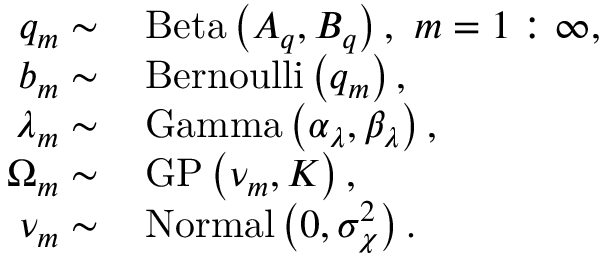
\begin{array} { r l } { q _ { m } \sim } & { \, \mathrm { B e t a } \left( A _ { q } , B _ { q } \right) , \, \, m = 1 : \infty , } \\ { b _ { m } \sim } & { \, \mathrm { B e r n o u l l i } \left( q _ { m } \right) , } \\ { \lambda _ { m } \sim } & { \, \mathrm { G a m m a } \left( \alpha _ { \lambda } , \beta _ { \lambda } \right) , } \\ { \Omega _ { m } \sim } & { \, \mathrm { G P } \left( \nu _ { m } , \boldsymbol { K } \right) , } \\ { \nu _ { m } \sim } & { \, \mathrm { N o r m a l } \left( 0 , \sigma _ { \chi } ^ { 2 } \right) . } \end{array}